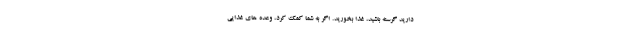
دارید گرسنه باشید، غذا بخورید. اگر به شما کمک کرد، وعده های غذایی